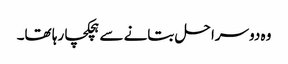
وہ دوسرا حل بتانے سے ہچکچا رہا تھا۔